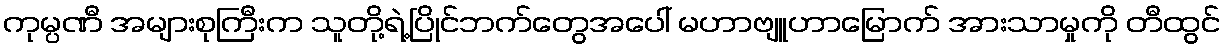
ကုမ္ပဏီ အများစုကြီးက သူတို့ရဲ့ပြိုင်ဘက်တွေအပေါ် မဟာဗျူဟာမြောက် အားသာမှုကို တီထွင်